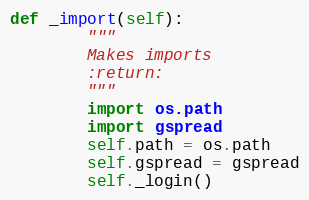
Language: Python
def _import(self):
        """
        Makes imports
        :return:
        """
        import os.path
        import gspread
        self.path = os.path
        self.gspread = gspread
        self._login()